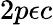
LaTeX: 2p\epsilon c